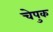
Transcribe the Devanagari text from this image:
चेपुक